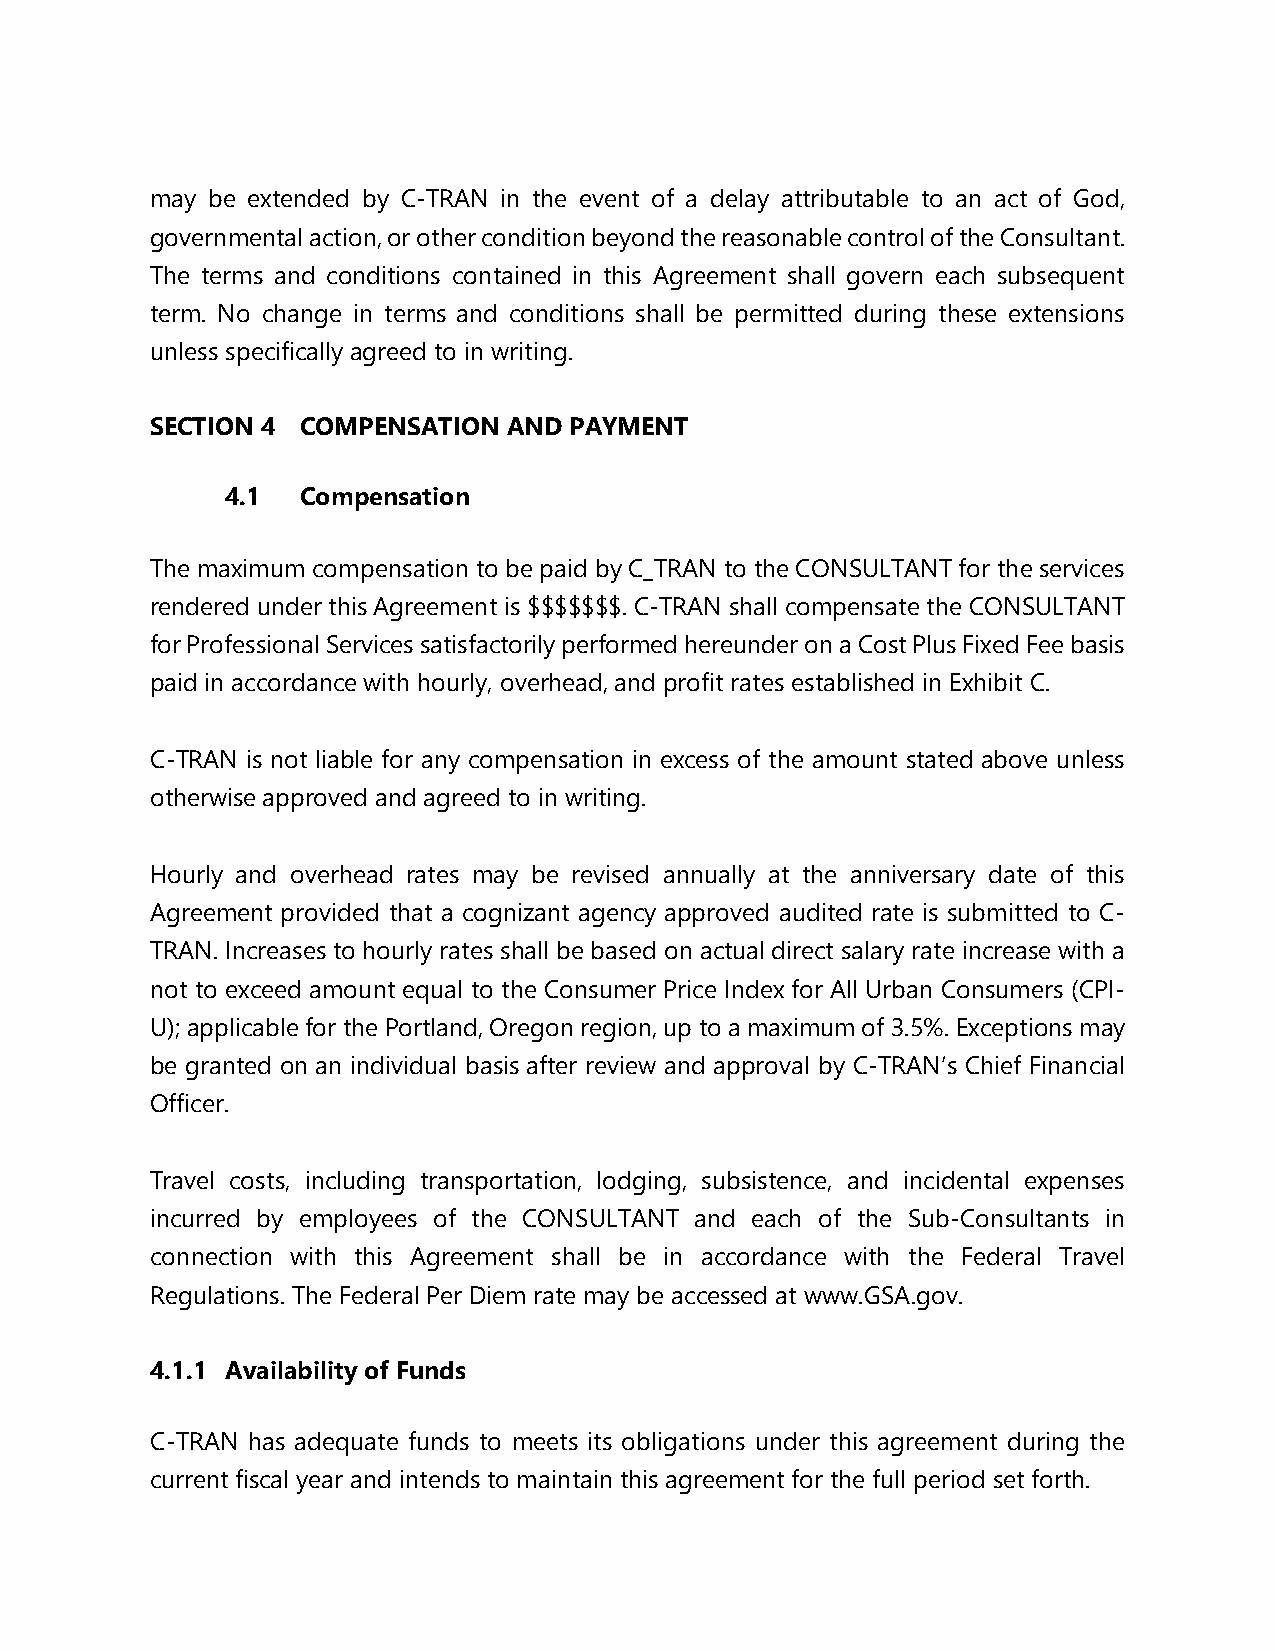
may be extended by C-TRAN in the event of a delay attributable to an act of God,
 governmental action, or other condition beyond the reasonable control of the Consultant.
 The terms and conditions contained in this Agreement shall govern each subsequent
 term. No change in terms and conditions shall be permitted during these extensions
 unless specifically agreed to in writing.
 SECTION 4 COMPENSATION  AND PAYMENT
 4.1  Compensation
 The maximum compensation to be paid by C_TRAN to the CONSULTANT for the services
 rendered under this Agreement is $$$$$$$. C-TRAN shall compensate the CONSULTANT
 for Professional Services satisfactorily performed hereunder on a Cost Plus Fixed Fee basis
 paid in accordance with hourly, overhead, and profit rates established in Exhibit C.
 C-TRAN is not liable for any compensation in excess of the amount stated above unless
 otherwise approved and agreed to in writing.
 Hourly and overhead rates may be revised annually at the anniversary date of this
 Agreement provided that a cognizant agency approved audited rate is submitted to C-
 TRAN. Increases to hourly rates shall be based on actual direct salary rate increase with a
 not to exceed amount equal to the Consumer Price Index for All Urban Consumers (CPI-
 U); applicable for the Portland, Oregon region, up to a maximum of 3.5%. Exceptions may
 be granted on an individual basis after review and approval by C-TRAN’s Chief Financial
 Officer.
 Travel costs, including transportation, lodging, subsistence, and incidental expenses
 incurred by employees of the CONSULTANT and each of the Sub-Consultants in
 connection with this Agreement shall be in accordance with the Federal Travel
 Regulations. The Federal Per Diem rate may be accessed at www.GSA.gov.
 4.1.1 Availability of Funds
 C-TRAN has adequate funds to meets its obligations under this agreement during the
 current fiscal year and intends to maintain this agreement for the full period set forth.